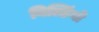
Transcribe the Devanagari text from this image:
बिल्डिंगो